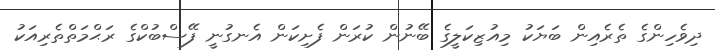
ދިވެހިންގެ ތެރެއިން ބަޔަކު މިއުޒިކަލީގެ ބޭނުން ކުރަން ފެށިކަން އެނގުނީ ފޭސްބުކްގެ ރަޙްމަތްތެރިއަކު